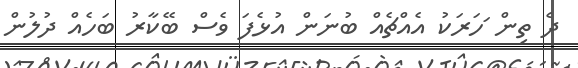
ދެ ތިން ަހަރަކު އެއްޗެއް ބުނަން އުޅެފަ ވެސް ބޭކާރު ބަހެއް ދުލުން